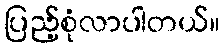
ပြည့်စုံလာပါတယ်။